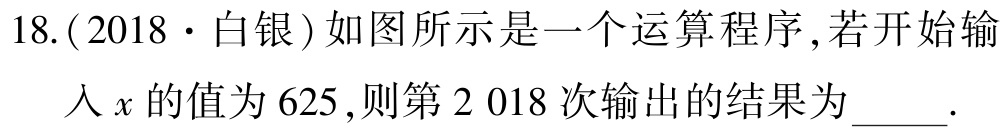
18.(2018·白银)如图所示是一个运算程序,若开始输入\(x\)的值为\(625\),则第\(2 018\)次输出的结果为_____.